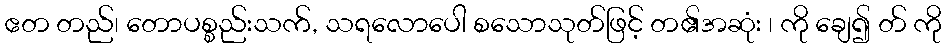
ဧတ တည်၊ တောပစ္စည်းသက်, သရလောပေါ စသောသုတ်ဖြင့် တ၏အဆုံး ၊ ကို ချေ၍ တ် ကို